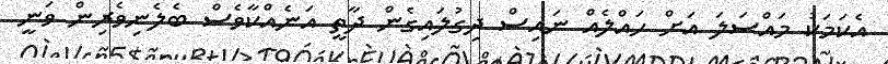
އެކަމަކު މައްސަލަ އަށް ހައްލެއް ނައިސް ދިގުލައިގެން ދާތީ އަނެއްކާވެސް ބެލެނިވެރިން ވަނީ